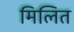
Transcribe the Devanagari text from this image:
मिलित